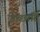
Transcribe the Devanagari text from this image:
इच्छादि